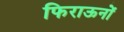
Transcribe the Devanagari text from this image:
फिराऊनों